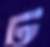
ঢ